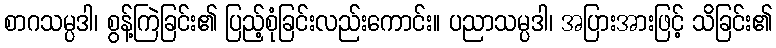
စာဂသမ္ပဒါ၊ စွန့်ကြဲခြင်း၏ ပြည့်စုံခြင်းလည်းကောင်း။ ပညာသမ္ပဒါ၊ အပြားအားဖြင့် သိခြင်း၏